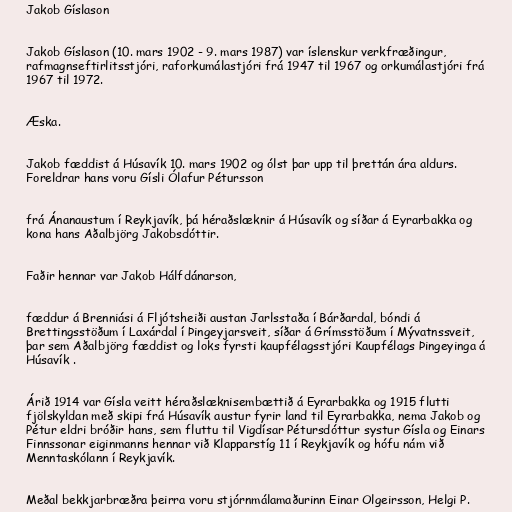
Jakob Gíslason

Jakob Gíslason (10. mars 1902 - 9. mars 1987) var íslenskur verkfræðingur,
rafmagnseftirlitsstjóri, raforkumálastjóri frá 1947 til 1967 og orkumálastjóri frá
1967 til 1972.

Æska.

Jakob fæddist á Húsavík 10. mars 1902 og ólst þar upp til þrettán ára aldurs.
Foreldrar hans voru Gísli Ólafur Pétursson

frá Ánanaustum í Reykjavík, þá héraðslæknir á Húsavík og síðar á Eyrarbakka og
kona hans Aðalbjörg Jakobsdóttir.

Faðir hennar var Jakob Hálfdánarson,

fæddur á Brenniási á Fljótsheiði austan Jarlsstaða í Bárðardal, bóndi á
Brettingsstöðum í Laxárdal í Þingeyjarsveit, síðar á Grímsstöðum í Mývatnssveit,
þar sem Aðalbjörg fæddist og loks fyrsti kaupfélagsstjóri Kaupfélags Þingeyinga á
Húsavík .

Árið 1914 var Gísla veitt héraðslæknisembættið á Eyrarbakka og 1915 flutti
fjölskyldan með skipi frá Húsavík austur fyrir land til Eyrarbakka, nema Jakob og
Pétur eldri bróðir hans, sem fluttu til Vigdísar Pétursdóttur systur Gísla og Einars
Finnssonar eiginmanns hennar við Klapparstíg 11 í Reykjavík og hófu nám við
Menntaskólann í Reykjavík.

Meðal bekkjarbræðra þeirra voru stjórnmálamaðurinn Einar Olgeirsson, Helgi P.